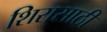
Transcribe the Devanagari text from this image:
शिरासाठी